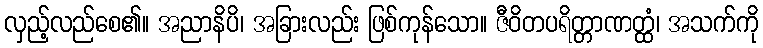
လှည့်လည်စေ၏။ အညာနိပိ၊ အခြားလည်း ဖြစ်ကုန်သော။ ဇီဝိတပရိတ္တာဏတ္ထံ၊ အသက်ကို